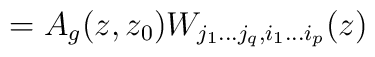
= A_g(z,z_0) W_{j_1 \ldots j_q ,i_1 \ldots i_p} (z)